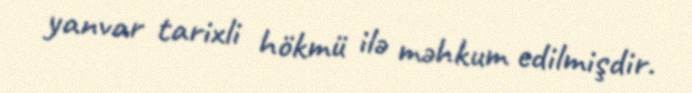
yanvar tarixli hökmü ilə məhkum edilmişdir.